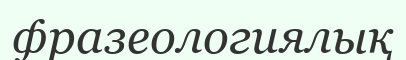
фразеологиялық